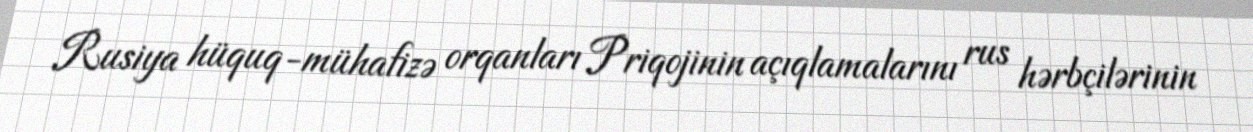
Rusiya hüquq-mühafizə orqanları Priqojinin açıqlamalarını rus hərbçilərinin